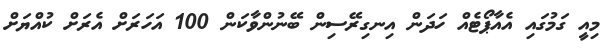
މިއީ ގަމުގައި އެއާޕޯޓެއް ހަދަން އިނގިރޭސިން ބޭނުންވާކަން 100 އަހަރަށް އެރަށް ކުއްޔަށް